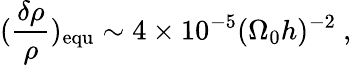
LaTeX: (\frac{\delta\rho}{\rho})_{\mathrm{{equ}}}\sim 4\times 10^{-5}(\Omega_{0}h)^{-2}~,